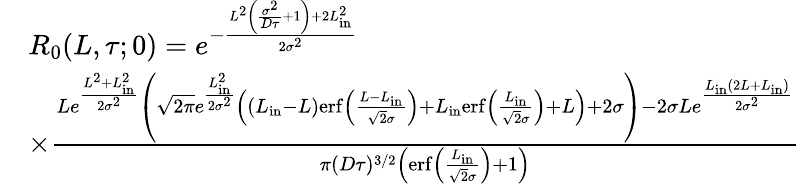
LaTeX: \begin{array}{rl}&{R_{0}(L,\tau;0)=e^{-\frac{L^{2}\left(\frac{\sigma^{2}}{D\tau}+1\right)+2L_{\mathrm{in}}^{2}}{2\sigma^{2}}}}\\ &{\times\frac{Le^{\frac{L^{2}+L_{\mathrm{in}}^{2}}{2\sigma^{2}}}\left(\sqrt{2\pi}e^{\frac{L_{\mathrm{in}}^{2}}{2\sigma^{2}}}\left((L_{\mathrm{in}}-L)\mathrm{erf}\left(\frac{L-L_{\mathrm{in}}}{\sqrt{2}\sigma}\right)+L_{\mathrm{in}}\mathrm{erf}\left(\frac{L_{\mathrm{in}}}{\sqrt{2}\sigma}\right)+L\right)+2\sigma\right)-2\sigma Le^{\frac{L_{\mathrm{in}}(2L+L_{\mathrm{in}})}{2\sigma^{2}}}}{\pi(D\tau)^{3/2}\left(\mathrm{erf}\left(\frac{L_{\mathrm{in}}}{\sqrt{2}\sigma}\right)+1\right)}}\end{array}